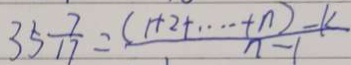
3 5 \frac { 7 } { 1 7 } = \frac { ( 1 + 2 + \cdots + n ) - k } { n - 1 }